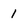
Character: 1